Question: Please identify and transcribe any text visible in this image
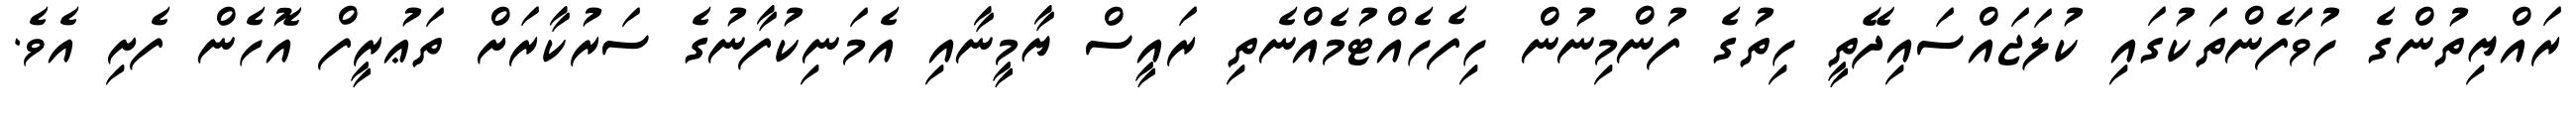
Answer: ރައްޔިތުންގެ ހުވަފެންތަކުގައި ކުލަޖައްސައިދޭތީ ހިތުގެ ފުންމިނުން ހިފެހެއްޓުމެއްނެތި ރައީސް ޔާމީނާއި އެމަނިކުފާނުގެ ސަރުކާރަށް ތަޢުރީފް އޮހެން ފެށި އެވެ.